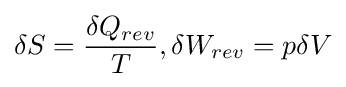
\delta S={\frac {\delta Q_{rev}}{T}},\delta W_{rev}=p\delta V